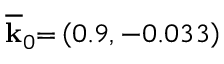
\overline { { \mathbf { k } } } _ { 0 } \mathbf { = } \left( 0 . 9 , - 0 . 0 3 3 \right)